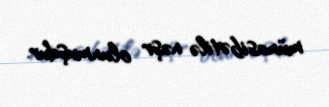
münasibətilə nəşr olunmuşdur.